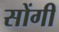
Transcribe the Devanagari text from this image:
सोंगी